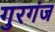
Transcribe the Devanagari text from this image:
गुरगंज